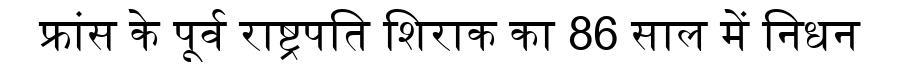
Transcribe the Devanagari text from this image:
फ्रांस के पूर्व राष्ट्रपति शिराक का 86 साल में निधन